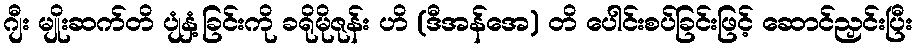
ဂျီး မျိုးဆက်တိ ပျံနှံ့ခြင်းကို ခရိုမိုဇုန်း ဟိ (ဒီအန်အေ) တိ ပေါင်းစပ်ခြင်းဖြင့် ဆောင်ညှင်းပြီး